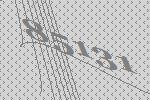
85131